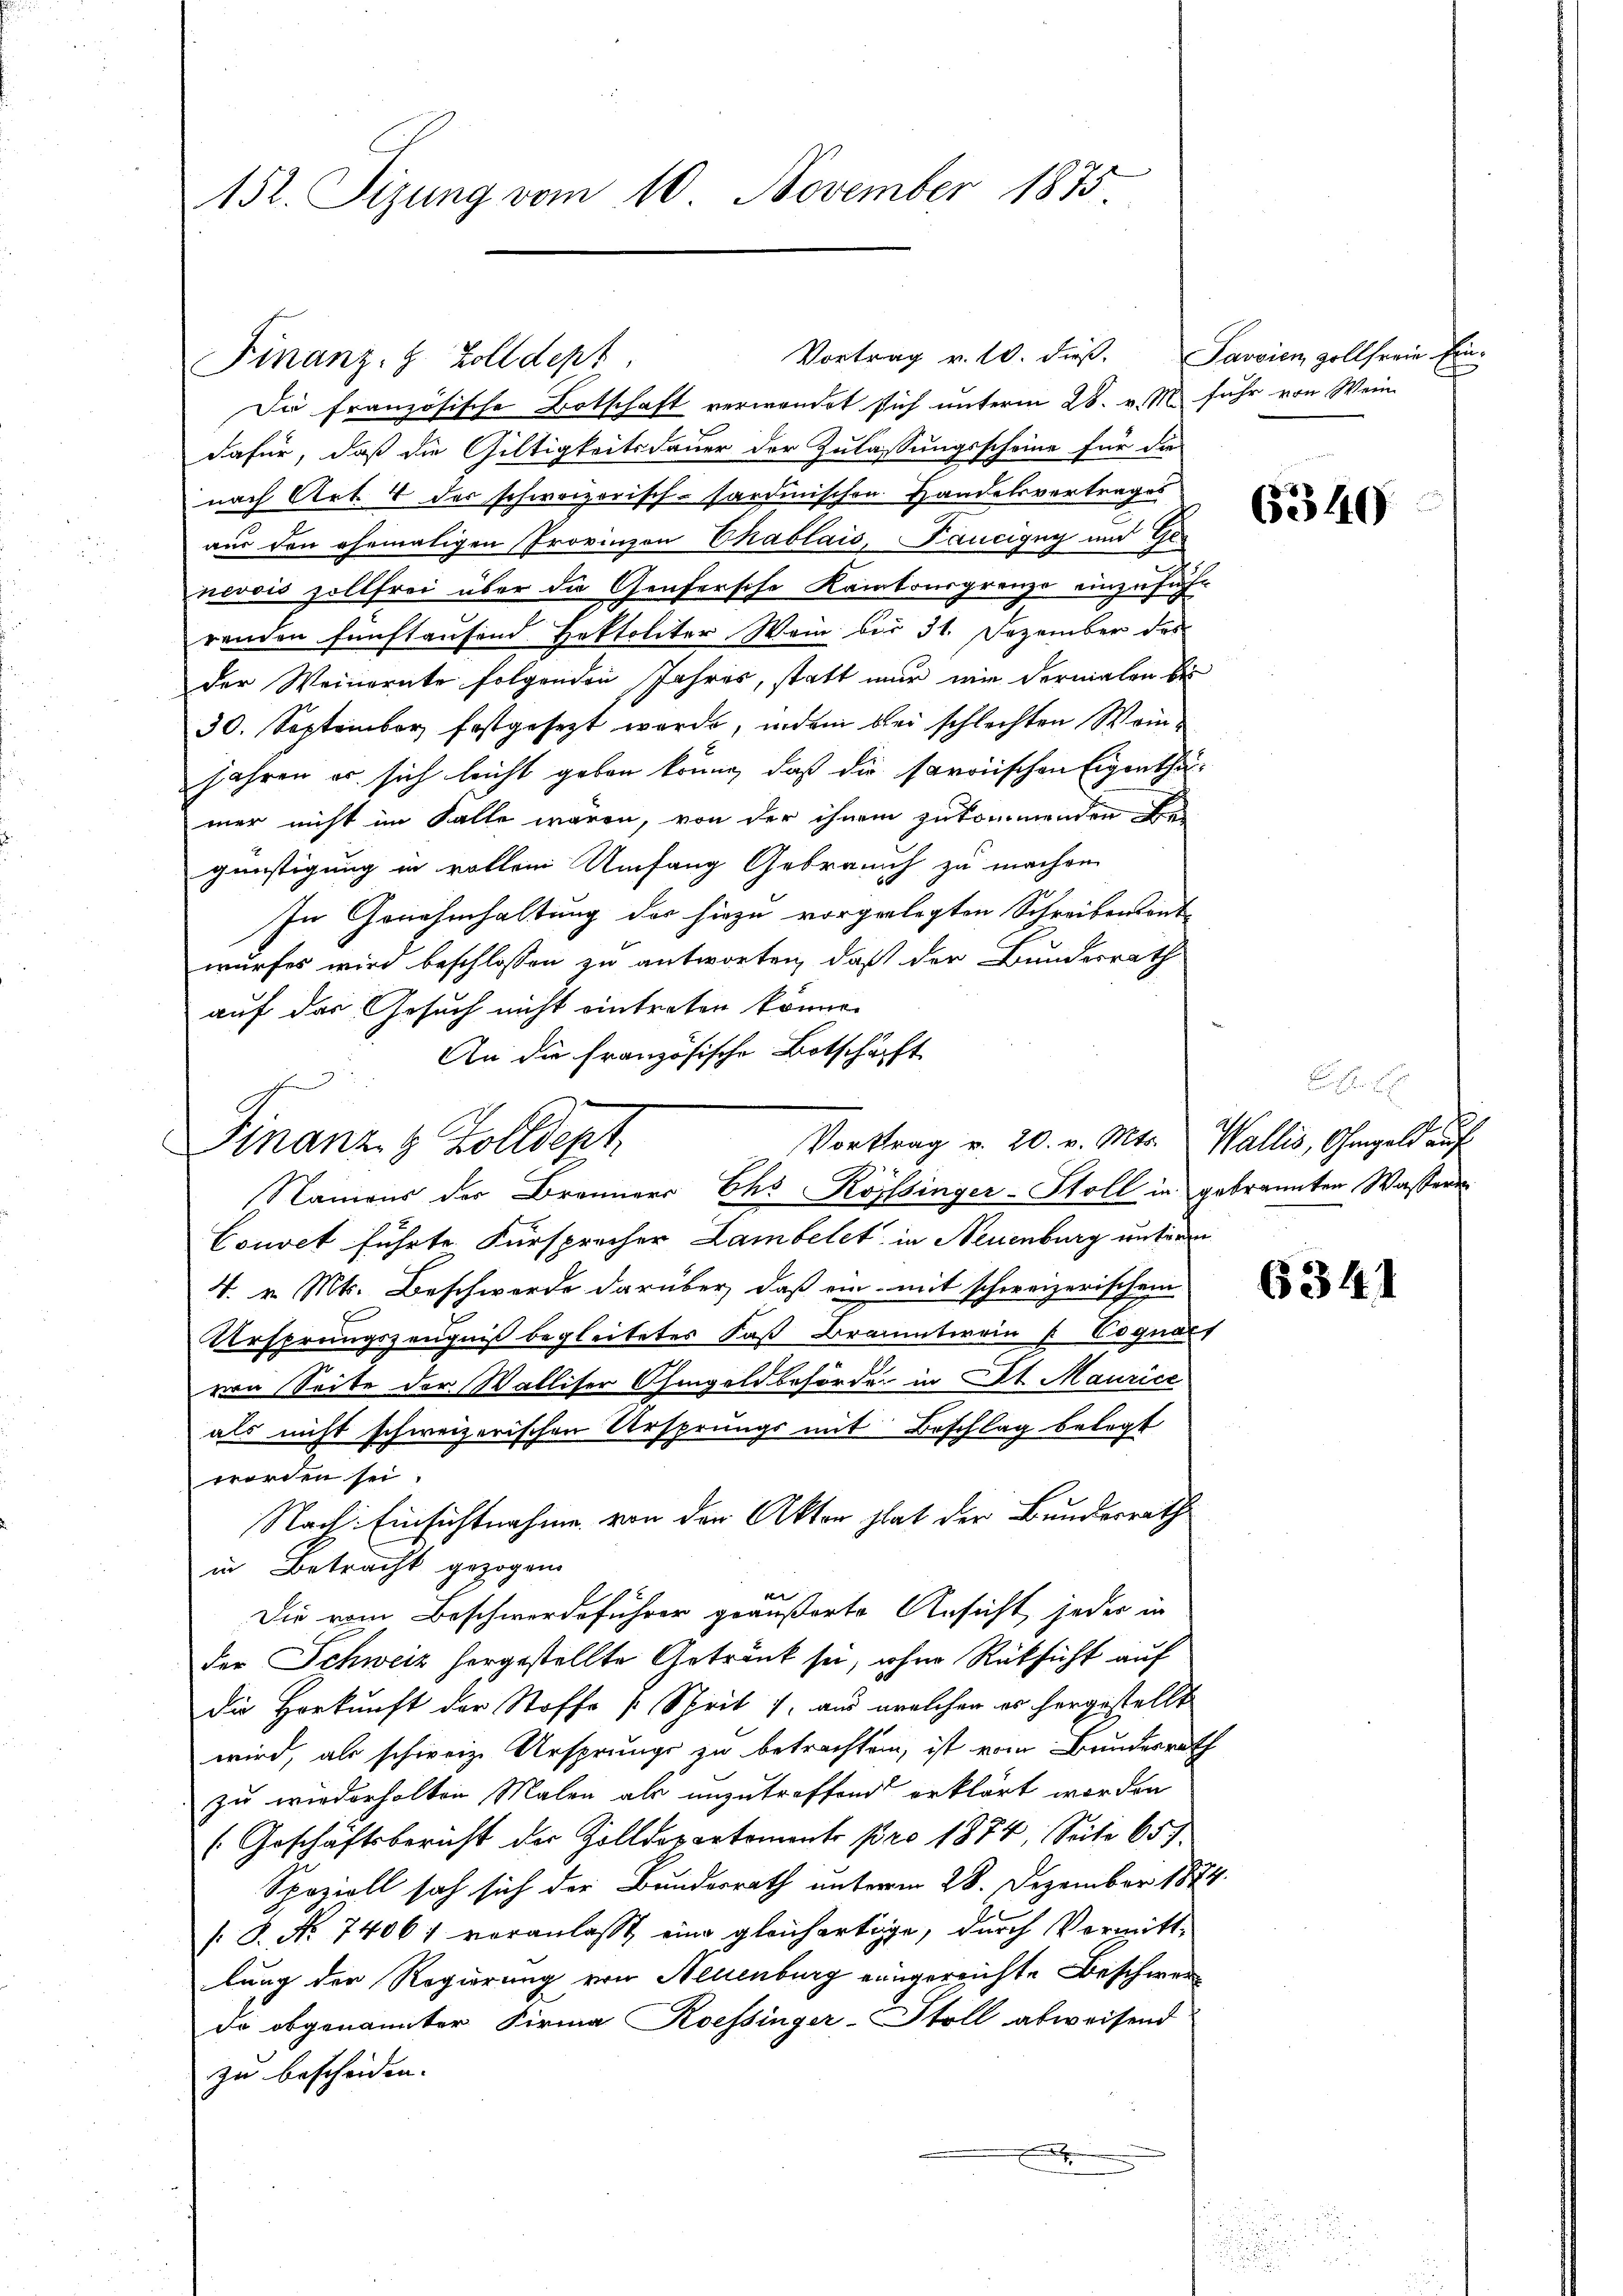
152. Sizung vom 10. November 1875.

Vortrag v. 10. dieß. Savoien vollfreie Ein¬
Finanz- 8 Zolldept
Die französische Botschaft verwendet sich unterm 28. v. M. fuhr von Wein
dafür, daß die Giltigkeitsdauer der Zulassungsscheine für die
nach Art. 4 des schweizerisch-sardinischen Handelsvertrages
aus den ehemaligen Provinzon Chablais, Taucigny und Genevois sollfrei über die Genfersche Kantonsgrenze einzusuche
renden fünftausend Hektoliter Wein bis 31. Dezember des
der Weinernte folgenden Jahres, statt nur wir dermalen bei
30. September festgesezt werde, indem bei schlechten Wein¬
Jahren er sich leicht geben krung, daß die saroischen Eigenthämer nicht im Falle wären, von der ihnen zukommenden e
günstigung in vollem Umfang Gebrauch zu machen.
In Genehmhaltung des hiezu vorgelegten Schreibensont
wurfes wird beschlossen zu antworten, daß der Bundesrath
auf das Gesuch nicht eintreten könne.
An die Französische Botschäft
Finanz- & Zolldept
Namens der Branners Chs Kopfsinger-Stoll in gebrannten Wasseren
Couvet führte Fürsprecher Lambelet in Neuenburg unteren
4. v. Mt. Beschwerde darüber, daß ein mit schweizerischem
Ursprungszeugniß begleitetes daß Branntwein [Voquart
von Seite der Walliter Ohmgeld beförder in St. Maurice
als nicht schweizerischen Ursprungs mit Beschlag belegt
worden sei,
Nach Einsichtnahme von der Akten hat der Bunderrath
in Betracht gezogen.
e
Die vom Beschwerdeführer geäußerte Ansicht jeder in
der Schweiz hergestellte Getränk sei, wohne Rüksicht auf
die Herkunft der Stoffe [Schrit 7. aus welchen es hergestellt
wird, als schweiz. Ursprungs zu betrachten, ist vom Bundesrath
zu wiederholten Malen als unzutreffend erklärt worden
(Geschäftsbericht der Zolldepartement pro 1874, Seite 65
Speziell sah sich der Bundesrath unterm 28. Dezember 1874.
/. P. Nr. 74061 veranlaßt eine gleichartige, durch Vormittlung der Regierung von Neuenburg eingereichte Beschwer
do obgenannter Firma Roessinger-Stoll abweisend
zu bescheiden.
x

Vortrag v. 20. v. Mts. Wallis, Ohmgeld auf

6340

6341